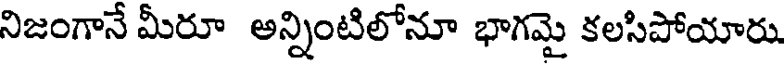
నిజంగానే మీరూ అన్నింటిలోనూ భాగమై కలసిపోయారు